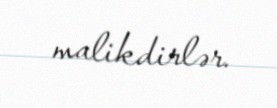
malikdirlər.